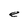
Character: e